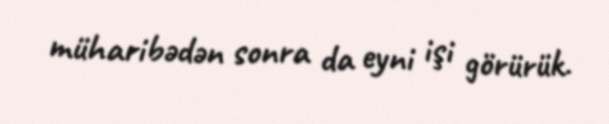
müharibədən sonra da eyni işi görürük.